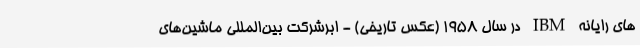
های رایانه IBM در سال 1958 (عکس تاریخی) - ابرشرکت بین‌المللی ماشین‌های